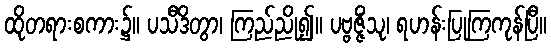
ထိုတရားစကား၌။ ပသီဒိတွာ၊ ကြည်ညို၍။ ပဗ္ဗဇ္ဇိံသု၊ ရဟန်းပြုကြကုန်ပြီ။